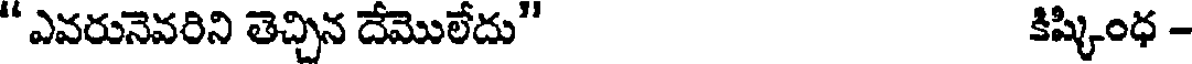
" ఎవరునెవరిని తెచ్చిన దేమొలేదు" కిష్కింధ -